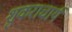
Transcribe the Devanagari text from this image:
शुकराचार्य